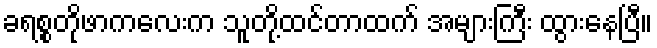
ခရစ္စတိုဖာကလေးက သူတို့ထင်တာထက် အများကြီး ထွားနေပြီ။